Lunatic asylums Madras 1877-1891 - 1877-1891
Year: 1877
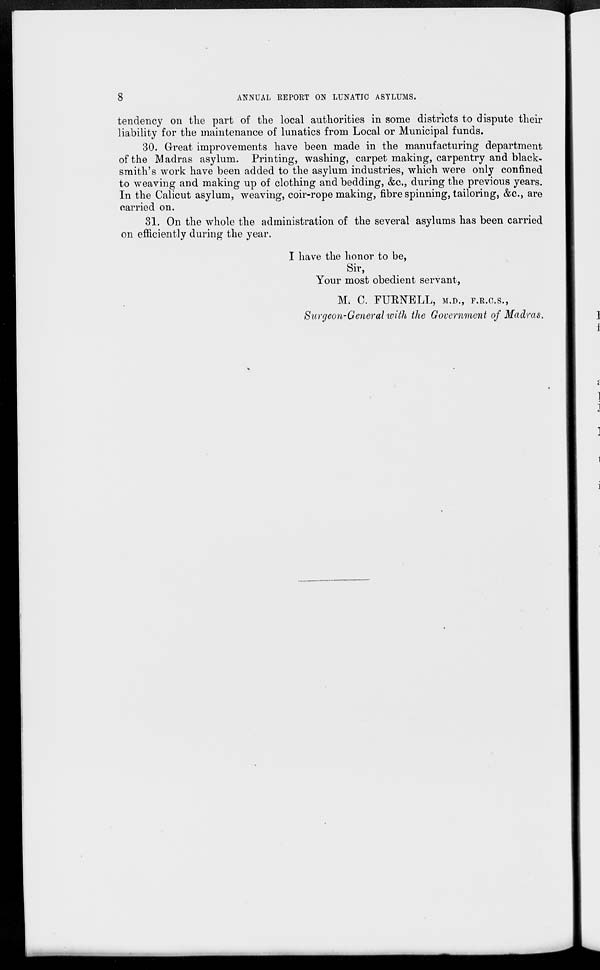
8
ANNUAL REPORT ON LUNATIC ASYLUMS.
tendency on the part of the local authorities in some districts to dispute their
liability for the maintenance of lunatics from Local or Municipal funds.
30. Great improvements have been made in the manufacturing department
of the Madras asylum. Printing, washing, carpet making, carpentry and black-
smith's work have been added to the asylum industries, which were only confined
to weaving and making up of clothing and bedding, &c., during the previous years.
In the Calicut asylum, weaving, coir-rope making, fibre spinning, tailoring, &c., are
carried on.
31. On the whole the administration of the several asylums has been carried
on efficiently during the year.
I have the honor to be,
Sir,
Your most obedient servant,
M. C. FURNELL, M.D., F.R.C.S.,
Surgeon-General with the Government of Madras.